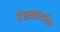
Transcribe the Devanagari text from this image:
देशकार्याला